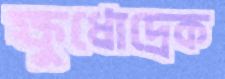
ক্ষুধোদ্রেক